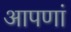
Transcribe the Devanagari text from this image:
आपणां